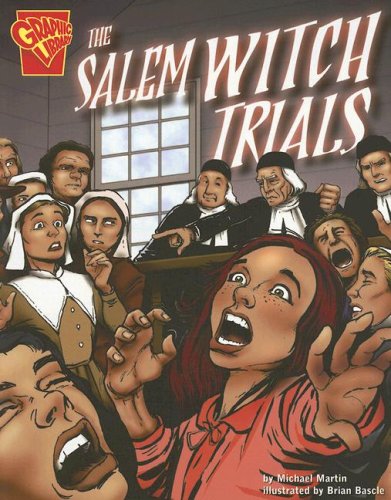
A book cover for The Salem Witch Trials (Graphic History); Michael J Martin; Children's Books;